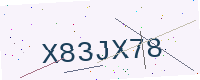
Text: X83JX78